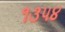
૧૩૫૪